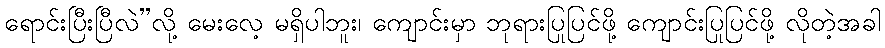
ရောင်းပြီးပြီလဲ”လို့ မေးလေ့ မရှိပါဘူး၊ ကျောင်းမှာ ဘုရားပြုပြင်ဖို့ ကျောင်းပြုပြင်ဖို့ လိုတဲ့အခါ